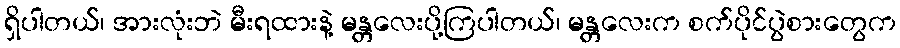
ရှိပါတယ်၊ အားလုံးဘဲ မီးရထားနဲ့ မန္တလေးပို့ကြပါတယ်၊ မန္တလေးက စက်ပိုင်ပွဲစားတွေက